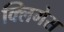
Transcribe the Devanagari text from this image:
क्लिगेस